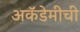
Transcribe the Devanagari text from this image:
अकॅडेमीची